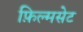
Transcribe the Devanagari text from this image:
फ़िल्मसेट